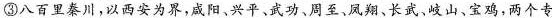
③图八百里秦川,以西安为界,咸阳、兴平、武功、周至、凤翔、长武、岐山、宝鸡，两个专